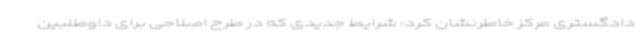
دادگستری مرکز خاطرنشان کرد: شرایط جدیدی که در طرح اصلاحی برای داوطلبین